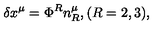
\delta x ^ { \mu } = \Phi ^ { R } n _ { R } ^ { \mu } , ( R = 2 , 3 ) ,